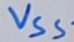
Text: VSS